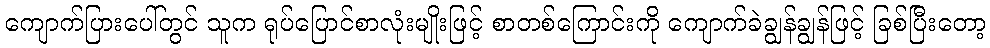
ကျောက်ပြားပေါ်တွင် သူက ရုပ်ပြောင်စာလုံးမျိုးဖြင့် စာတစ်ကြောင်းကို ကျောက်ခဲချွန်ချွန်ဖြင့် ခြစ်ပြီးတော့